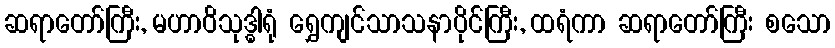
ဆရာတော်ကြီး, မဟာဝိသုဒ္ဓါရုံ ရွှေကျင်သာသနာပိုင်ကြီး, ထရံကာ ဆရာတော်ကြီး စသော